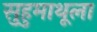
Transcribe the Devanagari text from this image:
सुहुमाथूला